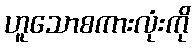
ဟူသောစကားလုံးကို